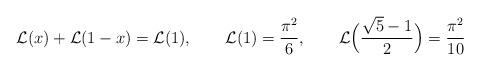
LaTeX: \begin{align*}{\cal L}(x)+{\cal L}(1-x)={\cal L}(1),\qquad {\cal L}(1)={\pi^2\over6},\qquad {\cal L} \Big({\sqrt{5}- 1\over2}\Big)= {\pi^2\over10}\end{align*}